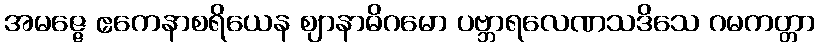
အမဇ္ဇေ ဧကေနာစရိယေန ဈာနာဓိဂမော ပဗ္ဘာရလေဏသဒိသေ ဂမကတ္တာ